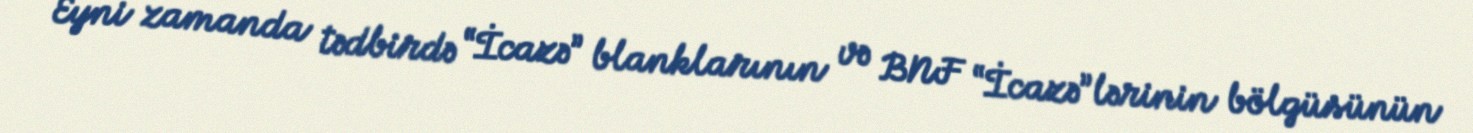
Eyni zamanda tədbirdə “İcazə” blanklarının və BNF “İcazə”lərinin bölgüsünün